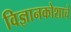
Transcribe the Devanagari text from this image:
विज्ञानकोशाचे